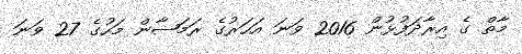
މާތް ގެ އިރާދަފުޅުން 2016 ވަނަ އަހަރުގެ ރަމަޟާން މަހުގެ 27 ވަނަ